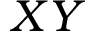
X Y